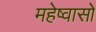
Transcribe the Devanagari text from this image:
महेष्वासो